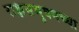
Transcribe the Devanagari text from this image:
राक्षसभुवनच्या